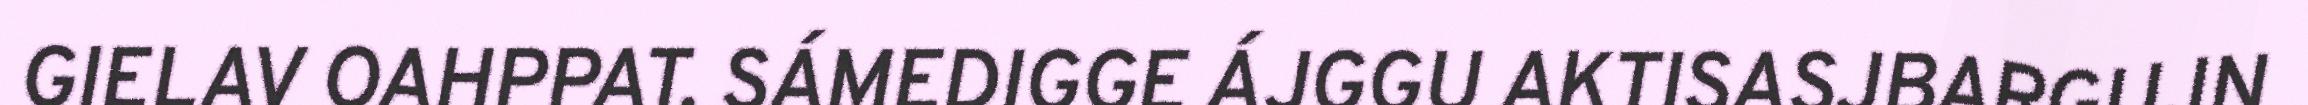
GIELAV OAHPPAT. SÁMEDIGGE ÁJGGU AKTISASJBARGUJN